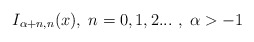
\begin{align*}I_{\alpha +n,n}(x),\;n=0,1,2...\,\,,\;\alpha >-1 \end{align*}